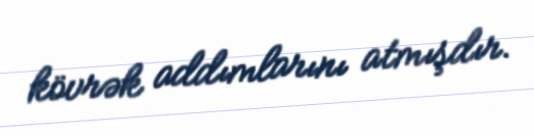
kövrək addımlarını atmışdır.